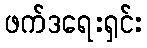
ဖက်ဒရေးရှင်း